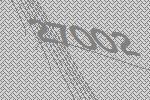
27002